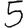
Digit: 5